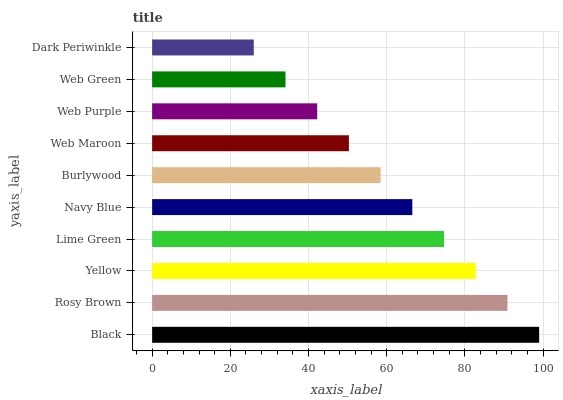
| yaxis_label | bars |
 | --- | --- |
 | Black | 99 |
 | Rosy Brown | 90.9 |
 | Yellow | 82.8 |
 | Lime Green | 74.7 |
 | Navy Blue | 66.6 |
 | Burlywood | 58.4 |
 | Web Maroon | 50.3 |
 | Web Purple | 42.2 |
 | Web Green | 34.1 |
 | Dark Periwinkle | 26 |